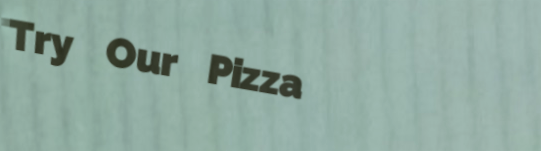
Try Our Pizza